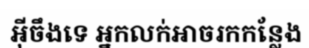
អ៊ីចឹងទេ អ្នកលក់អាចរកកន្លែង